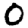
Digit: 0